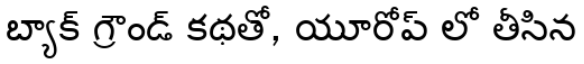
బ్యాక్ గ్రౌండ్ కథతో, యూరోప్ లో తీసిన